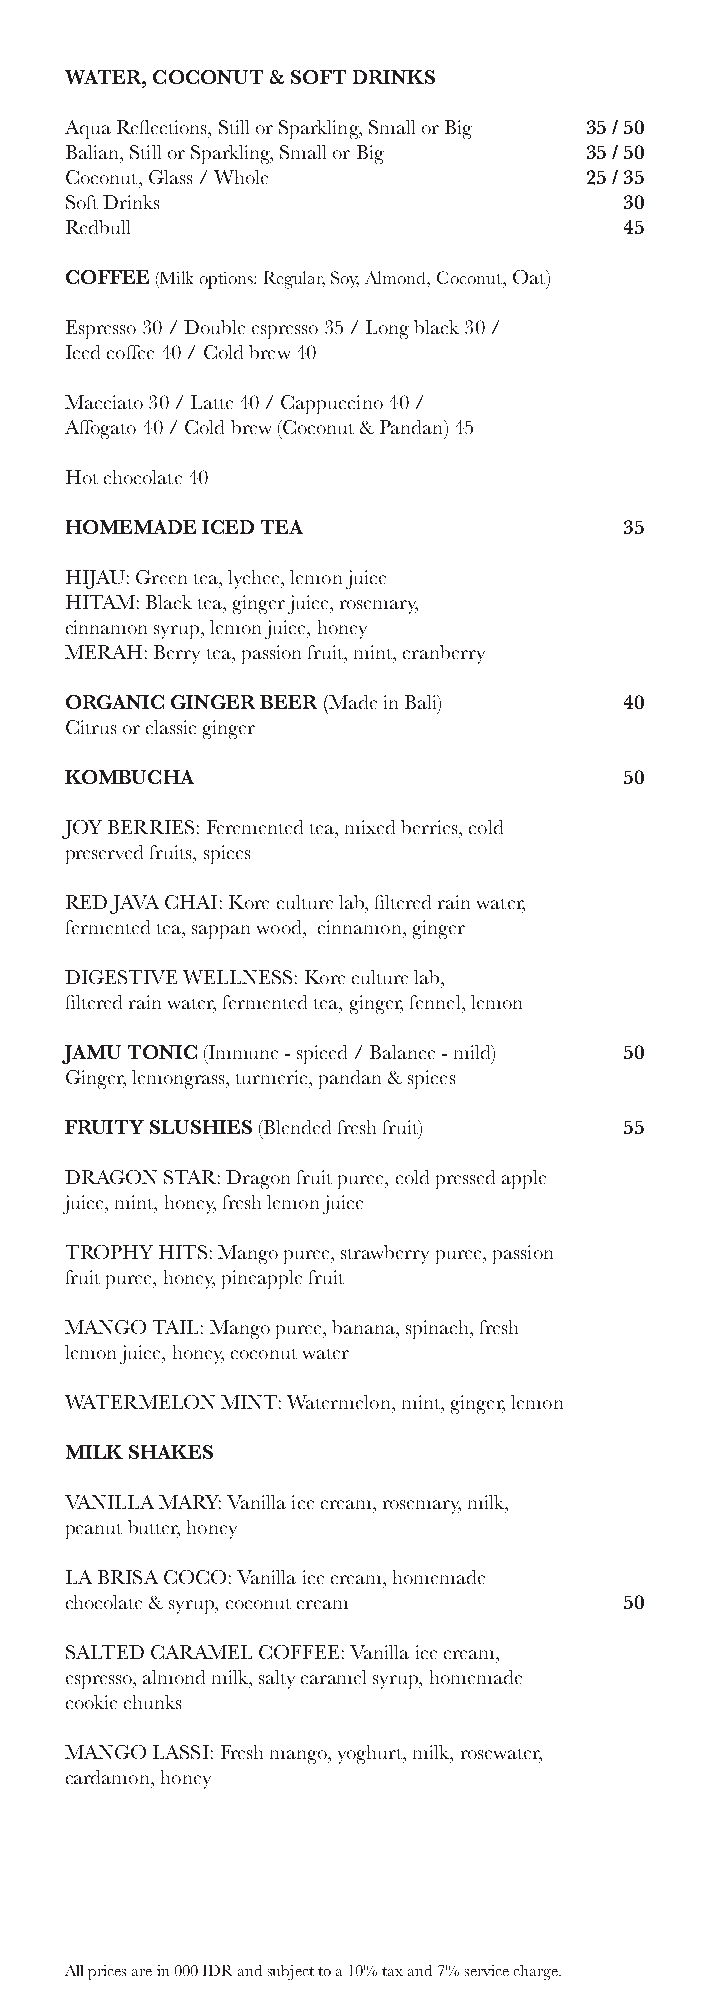
WATER, COCONUT & SOFT DRINKS
 Aqua Reflections, Still or Sparkling, Small or Big 35 / 50
 Balian, Still or Sparkling, Small or Big 35 / 50
 Coconut, Glass / Whole             25 / 35
 Soft Drinks                          30
 Redbull                              45
 COFFEE (Milk options: Regular, Soy, Almond, Coconut, Oat)
 Espresso 30 / Double espresso 35 / Long black 30 /
 Iced coffee 40 / Cold brew 40
 Macciato 30 / Latte 40 / Cappuccino 40 /
 Affogato 40 / Cold brew (Coconut & Pandan) 45
 Hot chocolate 40
 HOMEMADE ICED TEA                    35
 HIJAU: Green tea, lychee, lemon juice
 HITAM: Black tea, ginger juice, rosemary,
 cinnamon syrup, lemon juice, honey
 MERAH: Berry tea, passion fruit, mint, cranberry
 ORGANIC GINGER BEER (Made in Bali)   40
 Citrus or classic ginger
 KOMBUCHA                             50
 JOY BERRIES: Feremented tea, mixed berries, cold
 preserved fruits, spices
 RED JAVA CHAI: Kore culture lab, filtered rain water,
 fermented tea, sappan wood, cinnamon, ginger
 DIGESTIVE WELLNESS: Kore culture lab,
 filtered rain water, fermented tea, ginger, fennel, lemon
 JAMU TONIC (Immune - spiced / Balance - mild) 50
 Ginger, lemongrass, turmeric, pandan & spices
 FRUITY SLUSHIES (Blended fresh fruit) 55
 DRAGON STAR: Dragon fruit puree, cold pressed apple
 juice, mint, honey, fresh lemon juice
 TROPHY HITS: Mango puree, strawberry puree, passion
 fruit puree, honey, pineapple fruit
 MANGO TAIL: Mango puree, banana, spinach, fresh
 lemon juice, honey, coconut water
 WATERMELON MINT: Watermelon, mint, ginger, lemon
 MILK SHAKES
 VANILLA MARY: Vanilla ice cream, rosemary, milk,
 peanut butter, honey
 LA BRISA COCO: Vanilla ice cream, homemade
 chocolate & syrup, coconut cream     50
 SALTED CARAMEL COFFEE: Vanilla ice cream,
 espresso, almond milk, salty caramel syrup, homemade
 cookie chunks
 MANGO LASSI: Fresh mango, yoghurt, milk, rosewater,
 cardamon, honey
 All prices are in 000 IDR and subject to a 10% tax and 7% service charge.